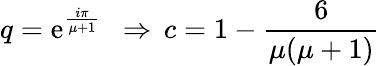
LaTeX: q=\mathrm{e}^{\frac{{i\pi}}{{\mu+1}}}\ \ \Rightarrow\, c=1-\frac{{6}}{{\mu(\mu+1)}}